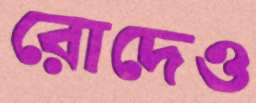
রোদেও